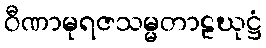
ဝီဏာမုရဇသမ္မတာဠဃုဋ္ဌံ